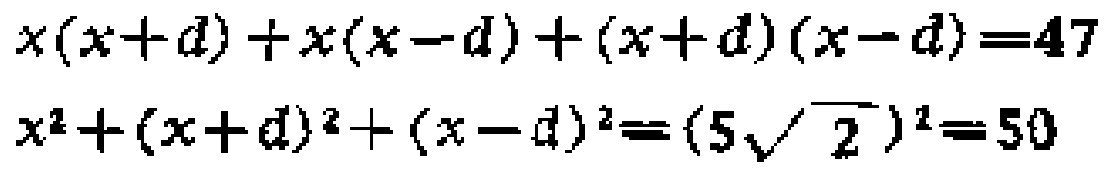
\[
\begin{align*}
x(x + d)+x(x - d)+(x + d)(x - d)&=47\\
x^{2}+(x + d)^{2}+(x - d)^{2}&=(5\sqrt{2})^{2}=50
\end{align*}
\]